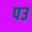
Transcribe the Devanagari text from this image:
पउ